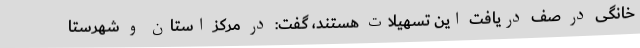
خانگی در صف دریافت این تسهیلات هستند، گفت: در مرکز استان و شهرستا